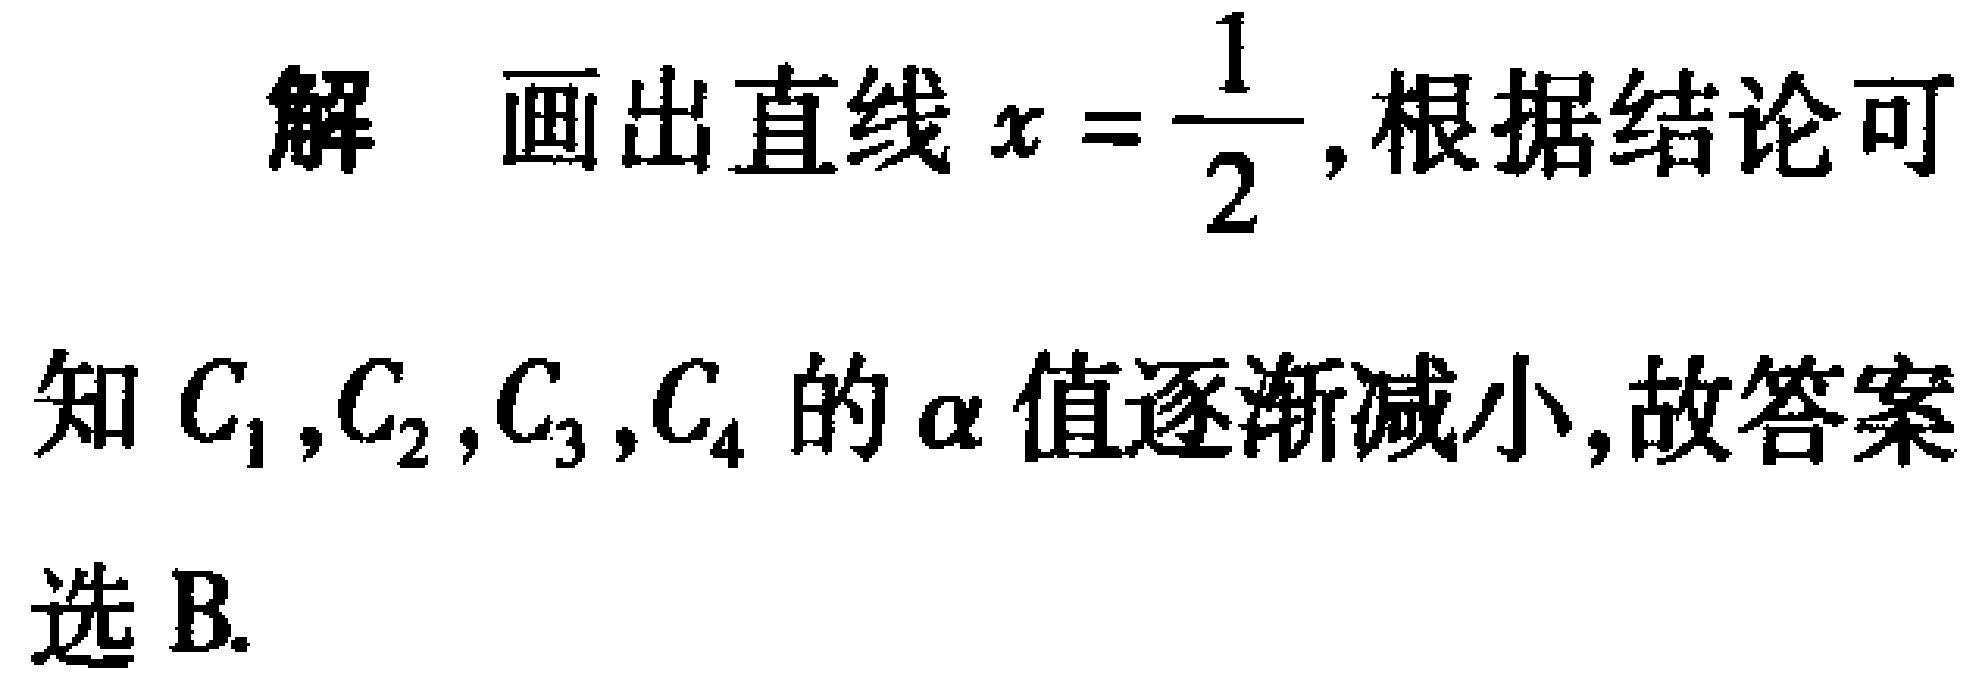
解 画出直线\(x = \frac{1}{2}\),根据结论可知\(C_{1},C_{2},C_{3},C_{4}\) 的\(\alpha\) 值逐渐减小,故答案选 B.